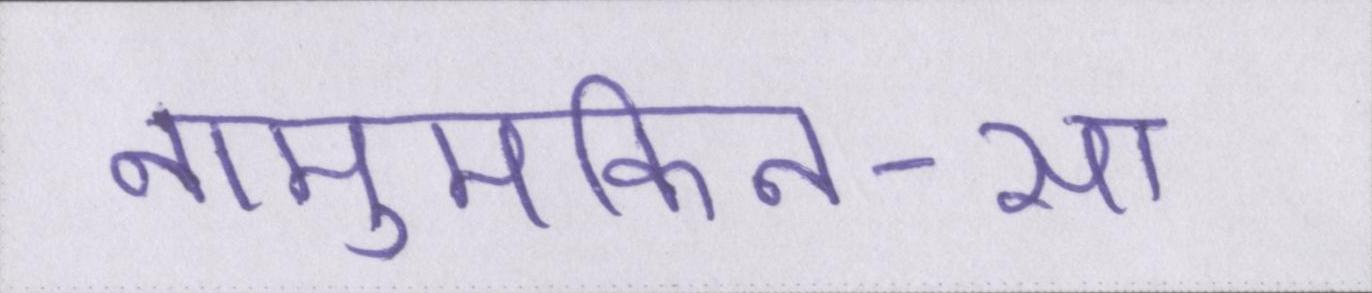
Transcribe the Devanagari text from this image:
नामुमकिन-सा